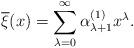
LaTeX: \begin{align*}\overline{\xi}(x) = \sum_{\lambda =0}^{\infty} \alpha_{\lambda +1}^{(1)} x^\lambda.\end{align*}